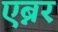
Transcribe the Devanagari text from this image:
एब्नर